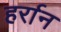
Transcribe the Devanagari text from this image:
हर्रान